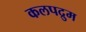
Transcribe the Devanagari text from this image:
कलपद्रुम